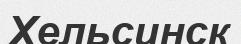
Хельсинск